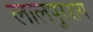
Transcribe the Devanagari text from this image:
लालपुरराय